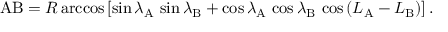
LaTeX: \mathrm { A B } = R \operatorname { a r c c o s } \left[ \sin \lambda _ { \mathrm { A } } \, \sin \lambda _ { \mathrm { B } } + \cos \lambda _ { \mathrm { A } } \, \cos \lambda _ { \mathrm { B } } \, \cos \left( L _ { \mathrm { A } } - L _ { \mathrm { B } } \right) \right] .